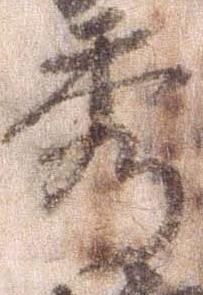
秀